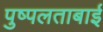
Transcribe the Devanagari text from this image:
पुष्पलताबाई